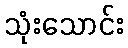
သုံးသောင်း